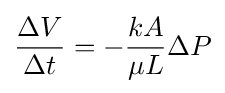
{\frac {\Delta V}{\Delta t}}=-{\frac {kA}{\mu L}}\Delta P